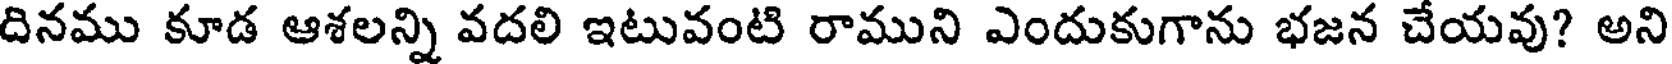
దినము కూడ ఆశలన్ని వదలి ఇటువంటి రాముని ఎందుకుగాను భజన చేయవు? అని